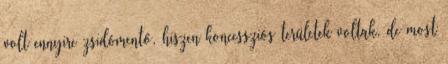
volt ennyire zsidómentő, hiszen koncessziós területek voltak, de most